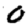
Digit: 0